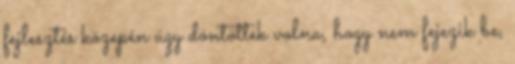
fejlesztés közepén úgy döntöttek volna, hogy nem fejezik be,